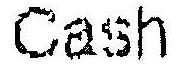
CASH